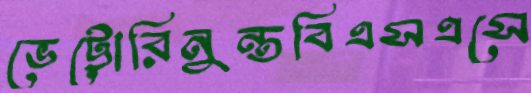
ভেট্টোরিনুন্তবিএসএসে